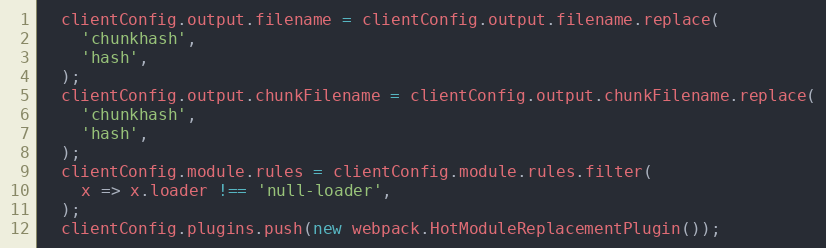
Language: JavaScript
  clientConfig.output.filename = clientConfig.output.filename.replace(
    'chunkhash',
    'hash',
  );
  clientConfig.output.chunkFilename = clientConfig.output.chunkFilename.replace(
    'chunkhash',
    'hash',
  );
  clientConfig.module.rules = clientConfig.module.rules.filter(
    x => x.loader !== 'null-loader',
  );
  clientConfig.plugins.push(new webpack.HotModuleReplacementPlugin());